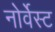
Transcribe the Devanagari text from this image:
नोर्वेस्ट